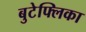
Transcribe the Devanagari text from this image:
बुटेफ्लिका